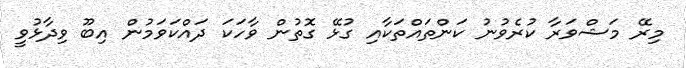
މިރޭ މަޝްވަރާ ކުރެވުނު ކަންތައްތަކާއި ގުޅޭ ގޮތުން ވާހަކަ ދައްކަވަމުން އިބޫ ވިދާޅުވީ